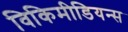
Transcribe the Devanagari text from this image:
विकिमीडियन्स